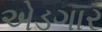
એડગાર